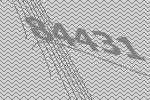
84431